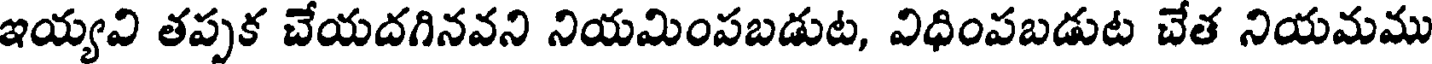
ఇయ్యవి తప్పక చేయదగినవని నియమింపబడుట, విధింపబడుట చేత నియమము